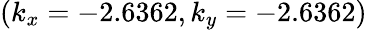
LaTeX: (k_{x}=-2.6362,k_{y}=-2.6362)